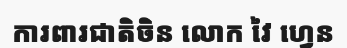
ការពារជាតិចិន លោក វៃ ហ្វេន